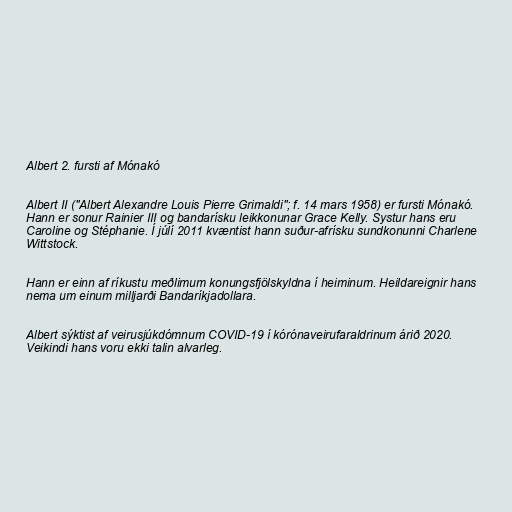
Albert 2. fursti af Mónakó

Albert II ("Albert Alexandre Louis Pierre Grimaldi"; f. 14 mars 1958) er fursti Mónakó.
Hann er sonur Rainier III og bandarísku leikkonunar Grace Kelly. Systur hans eru
Caroline og Stéphanie. Í júlí 2011 kvæntist hann suður-afrísku sundkonunni Charlene
Wittstock.

Hann er einn af ríkustu meðlimum konungsfjölskyldna í heiminum. Heildareignir hans
nema um einum milljarði Bandaríkjadollara.

Albert sýktist af veirusjúkdómnum COVID-19 í kórónaveirufaraldrinum árið 2020.
Veikindi hans voru ekki talin alvarleg.